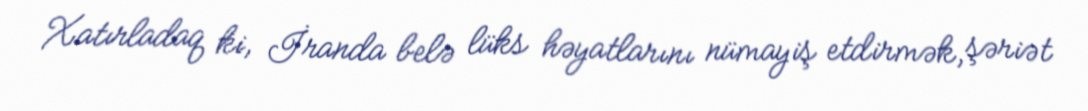
Xatırladaq ki, İranda belə lüks həyatlarını nümayiş etdirmək, şəriət